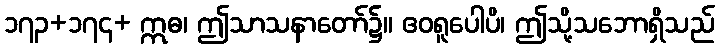
၁၇၃+၁၇၄+ ဣဓ၊ ဤသာသနာတော်၌။ ဧဝရူပေါပိ၊ ဤသို့သဘောရှိသည်